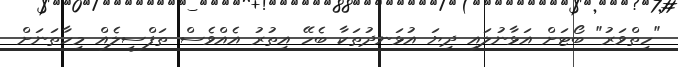
"ހިތްވަރު" ބޯޓަށް އަޅާނުލައި ދިޔަ އުޅަނދުތަކާ ބެހޭ އިތުރު އެއްވެސް ތަފްސީލެއް މިހާތަނަށް